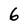
Character: 6